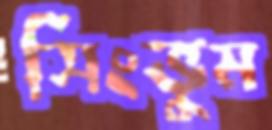
সিংভুম